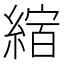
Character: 𦂨